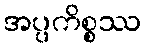
အပ္ပကိစ္စဿ